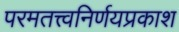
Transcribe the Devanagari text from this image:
परमतत्त्वनिर्णयप्रकाश